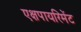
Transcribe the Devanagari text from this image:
एक्षपायरिमेंट